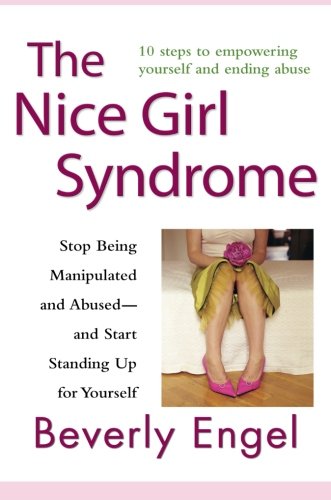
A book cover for The Nice Girl Syndrome: Stop Being Manipulated and Abused -- and Start Standing Up for Yourself; Beverly Engel; Parenting & Relationships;